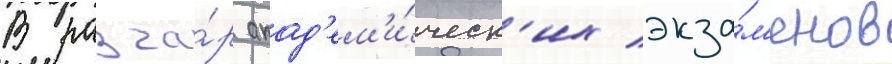
В разга́р акад'ем'и́ческ'их экза́м'енов